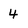
Character: 4